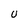
Character: U